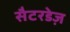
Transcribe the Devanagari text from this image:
सैटरडेज़